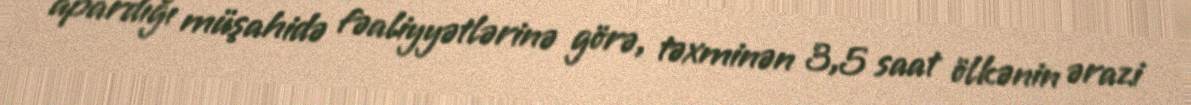
apardığı müşahidə fəaliyyətlərinə görə, təxminən 3,5 saat ölkənin ərazi